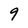
Character: 9